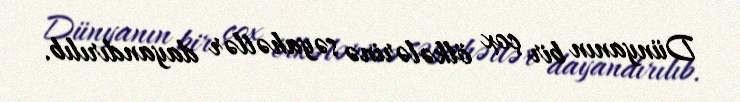
Dünyanın bir çox ölkələrinə səyahətlər dayandırılıb.